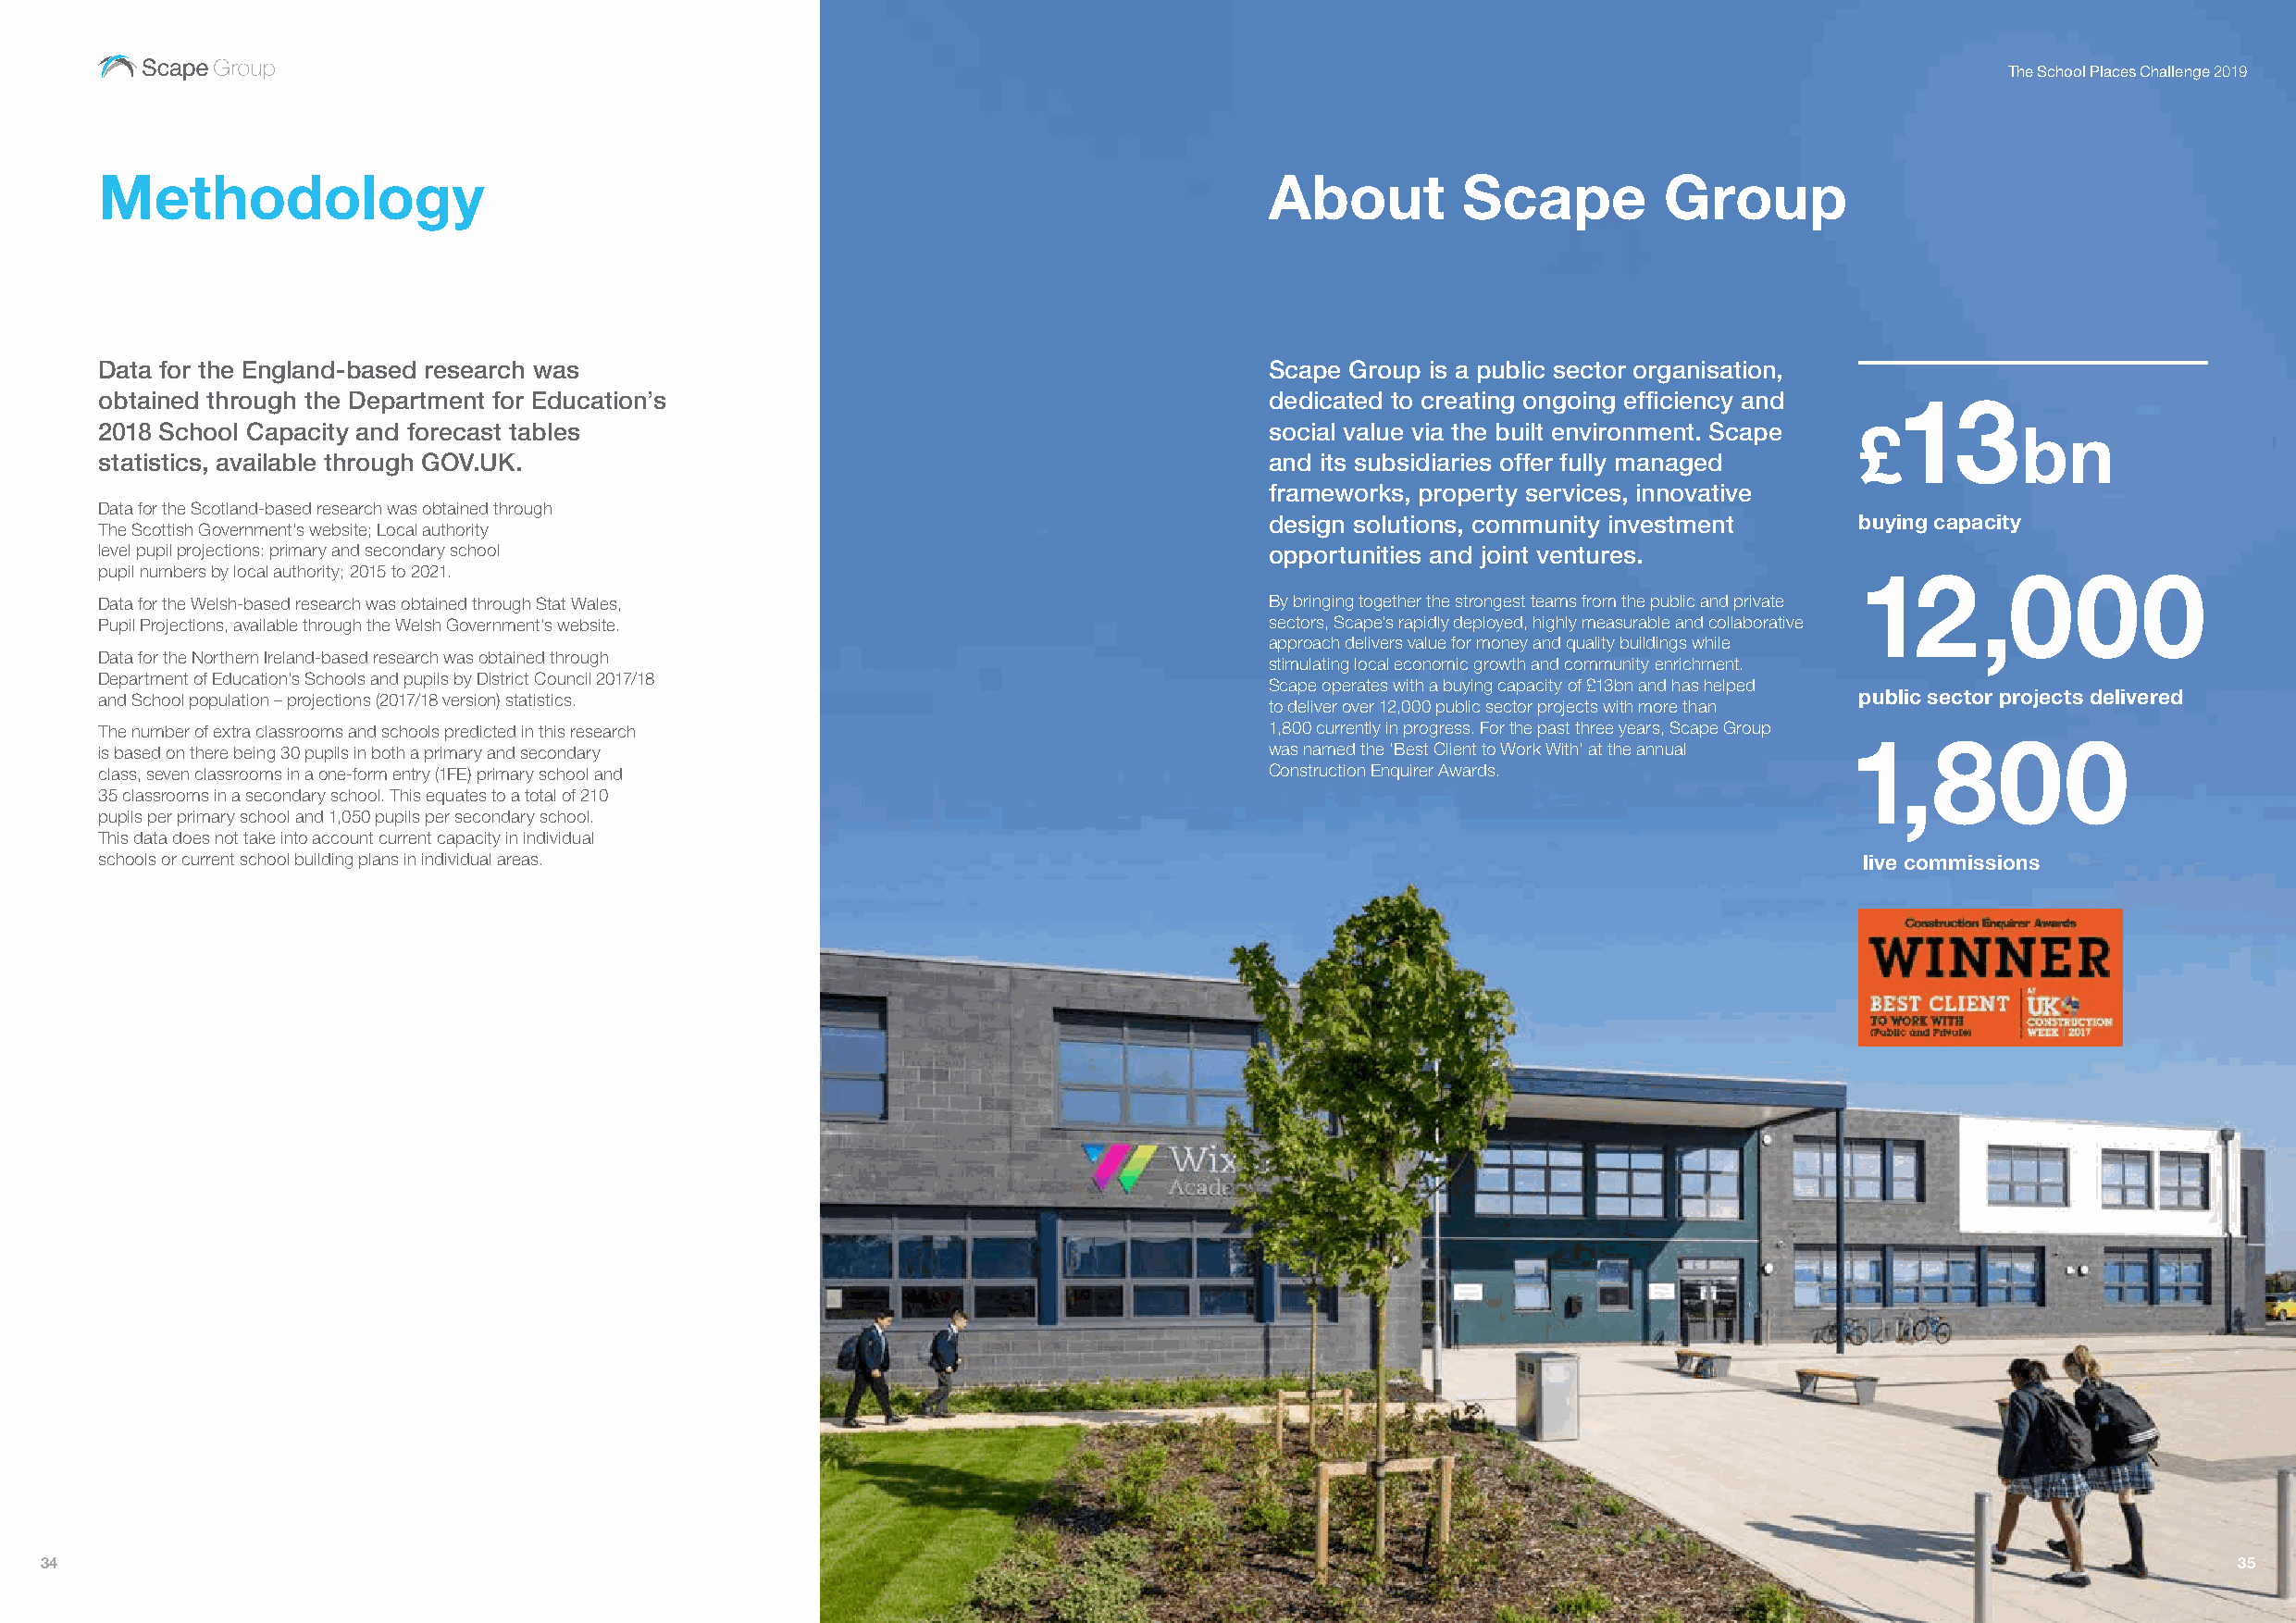
The School Places Challenge 2019
 Methodology                                                                         About         Scape         Group
 Data for the England-based research was                                             Scape Group is a public sector organisation,
 obtained through the Department for Education’s                                     dedicated to creating ongoing efficiency and 13
 2018 School Capacity and forecast tables                                            social value via the built environment. Scape £       bn
 statistics, available through GOV.UK.                                               and its subsidiaries offer fully managed
 frameworks, property services, innovative
 Data for the Scotland-based research was obtained through
 design solutions, community investment    buying capacity
 The Scottish Government’s website; Local authority
 level pupil projections: primary and secondary school                               opportunities and joint ventures.
 pupil numbers by local authority; 2015 to 2021.                                                                               12,000
 Data for the Welsh-based research was obtained through Stat Wales,                  By bringing together the strongest teams from the public and private
 Pupil Projections, available through the Welsh Government’s website.                sectors, Scape’s rapidly deployed, highly measurable and collaborative
 approach delivers value for money and quality buildings while
 Data for the Northern Ireland-based research was obtained through
 stimulating local economic growth and community enrichment.
 Department of Education’s Schools and pupils by District Council 2017/18
 Scape operates with a buying capacity of £13bn and has helped
 and School population – projections (2017/18 version) statistics.                                                             public sector projects delivered
 to deliver over 12,000 public sector projects with more than
 The number of extra classrooms and schools predicted in this research               1,800 currently in progress. For the past three years, Scape Group
 1,800
 is based on there being 30 pupils in both a primary and secondary                   was named the ‘Best Client to Work With’ at the annual
 class, seven classrooms in a one-form entry (1FE) primary school and                Construction Enquirer Awards.
 35 classrooms in a secondary school. This equates to a total of 210
 pupils per primary school and 1,050 pupils per secondary school.
 This data does not take into account current capacity in individual
 schools or current school building plans in individual areas.                                                                 live commissions
 34                                                                                                                                                           35